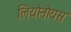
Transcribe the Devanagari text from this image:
लियोनोयस